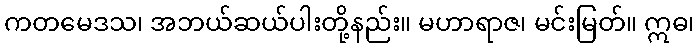
ကတမေဒသ၊ အဘယ်ဆယ်ပါးတို့နည်း။ မဟာရာဇ၊ မင်းမြတ်။ ဣဓ၊